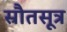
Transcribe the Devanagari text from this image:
स्रौतसूत्र